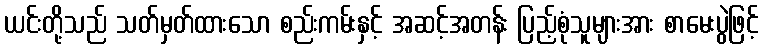
ယင်းတို့သည် သတ်မှတ်ထားသော စည်းကမ်းနှင့် အဆင့်အတန်း ပြည့်စုံသူများအား စာမေးပွဲဖြင့်